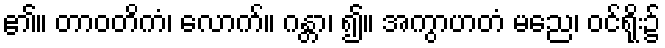
၏။ တာဝတိကံ၊ လောက်။ ဂန္တာ၊ ၍။ အကွာဟတံ မညေ၊ ဝင်ရိုး၌